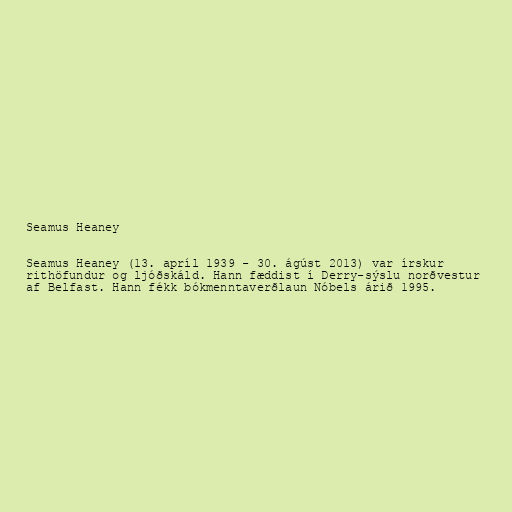
Seamus Heaney

Seamus Heaney (13. apríl 1939 - 30. ágúst 2013) var írskur
rithöfundur og ljóðskáld. Hann fæddist í Derry-sýslu norðvestur
af Belfast. Hann fékk bókmenntaverðlaun Nóbels árið 1995.